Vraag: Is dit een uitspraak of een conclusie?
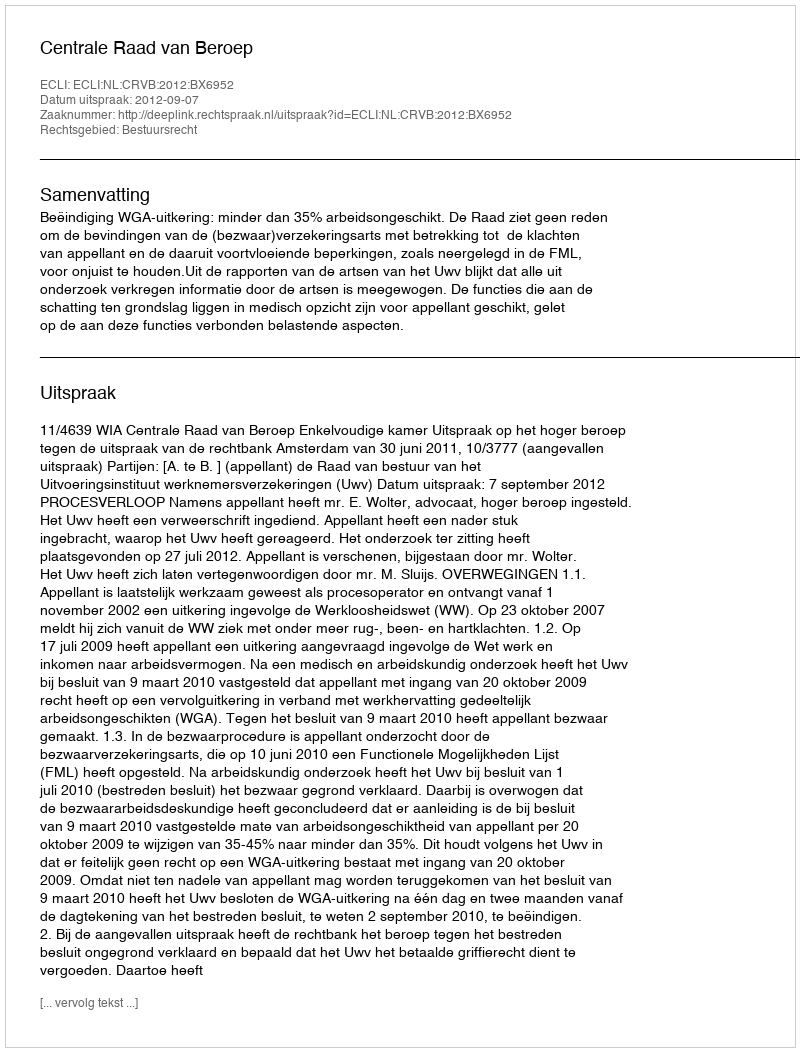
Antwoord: Uitspraak